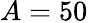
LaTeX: A=50